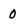
Character: 0